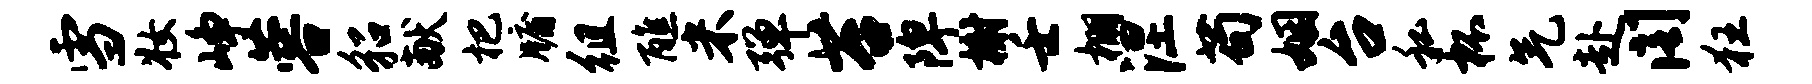
雪妆峥蓉貂献杷牖徂醮米弹苔陴榭壬棚涅苟姻台私杯气赴阁狂